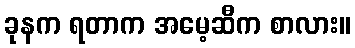
ခုနက ရတာက အမေ့ဆီက စာလား။